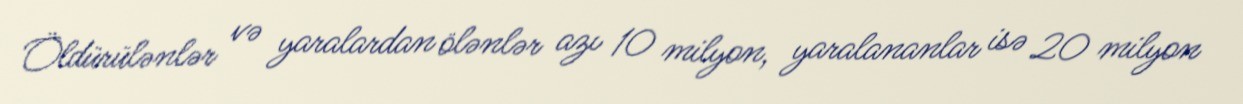
Öldürülənlər və yaralardan ölənlər azı 10 milyon, yaralananlar isə 20 milyon